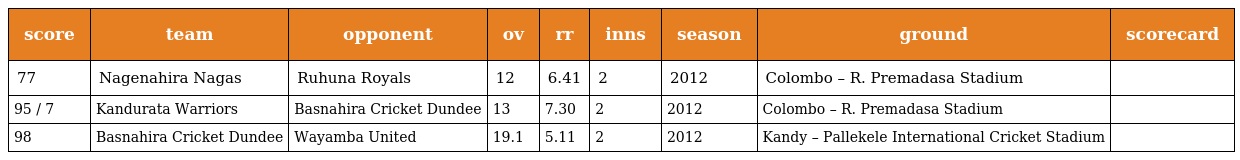
| score | team | opponent | ov | rr | inns | season | ground | scorecard |
 | --- | --- | --- | --- | --- | --- | --- | --- | --- |
 | 77 | Nagenahira Nagas | Ruhuna Royals | 12 | 6.41 | 2 | 2012 | Colombo – R. Premadasa Stadium |  |
 | 95 / 7 | Kandurata Warriors | Basnahira Cricket Dundee | 13 | 7.30 | 2 | 2012 | Colombo – R. Premadasa Stadium |  |
 | 98 | Basnahira Cricket Dundee | Wayamba United | 19.1 | 5.11 | 2 | 2012 | Kandy – Pallekele International Cricket Stadium |  |